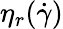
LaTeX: \eta_{r}(\dot{\gamma})